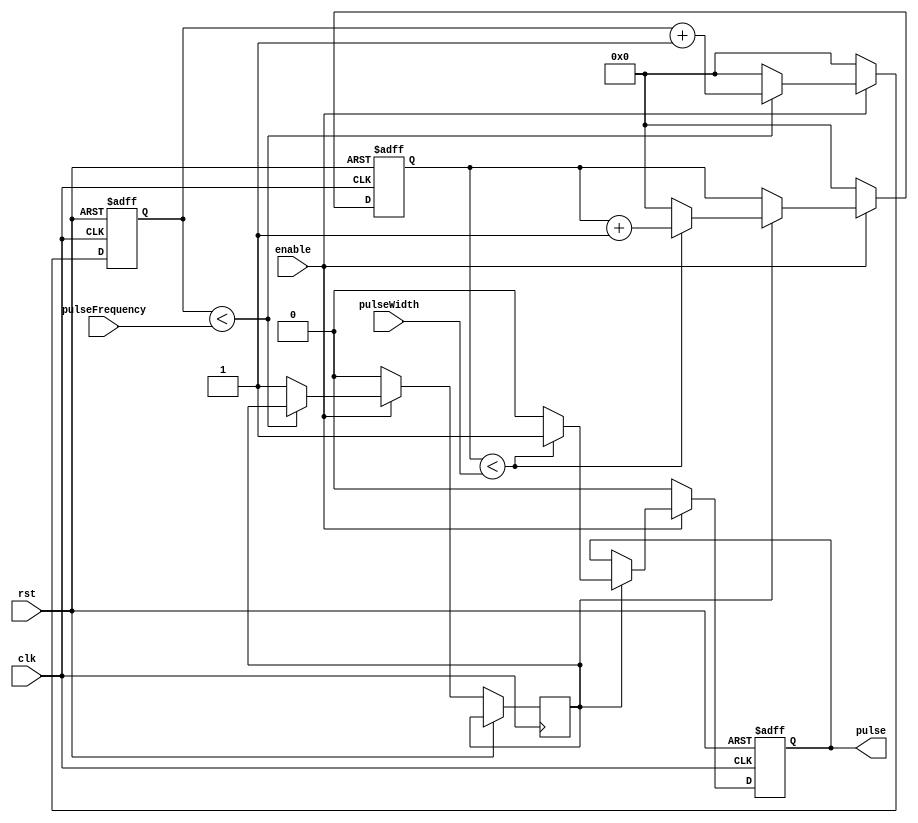
module ProgrammablePulseGenerator (
    input wire clk, // clock input
    input wire rst, // reset input
    input wire enable, // enable input
    input wire [7:0] pulseWidth, // pulse width input
    input wire [7:0] pulseFrequency, // pulse frequency input
    output reg pulse // pulse output
);

reg [7:0] counter; // counter for pulse width
reg [7:0] divider; // divider for pulse frequency
reg sync; // synchronization signal

always @(posedge clk or posedge rst) begin
    if (rst) begin
        counter <= 8'b0;
        divider <= 8'b0;
        pulse <= 1'b0;
    end else if (enable) begin
        if (sync) begin
            if (counter < pulseWidth) begin
                pulse <= 1'b1;
                counter <= counter + 8'b1;
            end else begin
                pulse <= 1'b0;
                counter <= 8'b0;
            end
        end
        if (divider < pulseFrequency) begin
            divider <= divider + 8'b1;
        end else begin
            divider <= 8'b0;
            sync <= 1'b1;
        end
    end else begin
        pulse <= 1'b0;
        counter <= 8'b0;
        divider <= 8'b0;
        sync <= 1'b0;
    end
end

endmodule